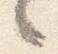
々